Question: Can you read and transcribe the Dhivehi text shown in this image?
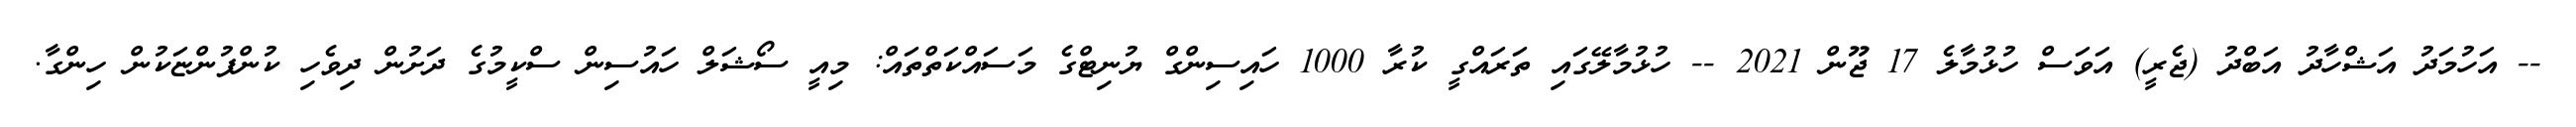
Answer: -- އަހުމަދު އަޝްހާދު އަބްދު (ޖެރީ) އަވަސް ހުޅުމާލެ 17 ޖޫން 2021 -- ހުޅުމާލޭގައި ތަރައްގީ ކުރާ 1000 ހައިސިންގް ޔުނިޓްގެ މަސައްކަތްތައް: މިއީ ސޯޝަލް ހައުސިން ސްކީމުގެ ދަށުން ދިވެހި ކުންފުންޏަކުން ހިންގާ.